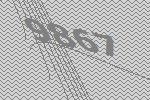
9867